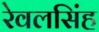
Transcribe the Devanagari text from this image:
रेवलसिंह